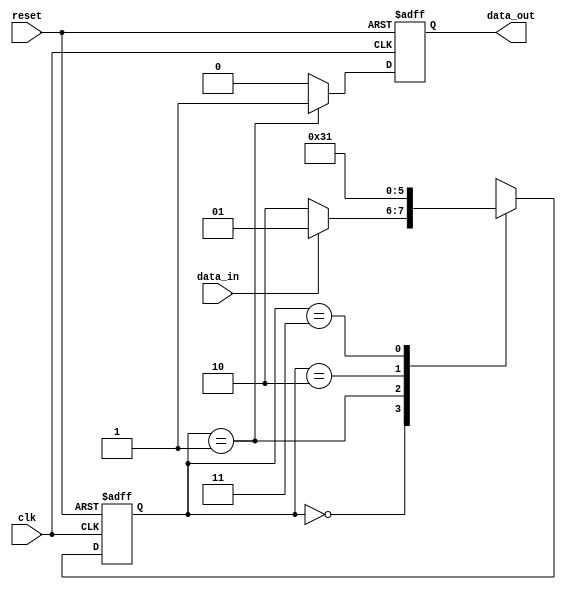
module mealy_state_machine (
    input wire clk,
    input wire reset,
    input wire data_in,
    output reg data_out
);

// State definitions
parameter state1 = 2'b00;
parameter state2 = 2'b01;
parameter state3 = 2'b10;
parameter state4 = 2'b11;

// State and output registers
reg [1:0] current_state, next_state;
reg output_reg;

always @(posedge clk or posedge reset) begin
    if (reset) begin
        current_state <= state1;
        output_reg <= 1'b0;
    end else begin
        current_state <= next_state;
        output_reg <= (current_state == state2) ? 1'b1 : 1'b0;
    end
end

always @(*) begin
    case (current_state)
        state1: begin
            next_state = (data_in) ? state2 : state3;
        end
        state2: begin
            next_state = state4;
        end
        state3: begin
            next_state = state1;
        end
        state4: begin
            next_state = state2;
        end
        default: next_state = state1;
    endcase
end

assign data_out = output_reg;

endmodule